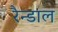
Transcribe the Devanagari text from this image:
रैन्डाल